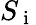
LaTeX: S_{\mathrm{~i~}}